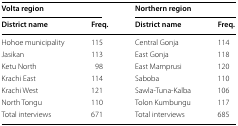
| <COLSPAN=2> Volta region | <COLSPAN=2> Northern region |
 | District name | Freq. | District name | Freq. |
 | --- | --- | --- | --- |
 | Hohoe municipality | 115 | Central Gonja | 114 |
 | Jasikan | 113 | East Gonja | 118 |
 | Ketu North | 98 | East Mamprusi | 120 |
 | Krachi East | 114 | Saboba | 110 |
 | Krachi West | 121 | Sawla-Tuna-Kalba | 106 |
 | North Tongu | 110 | Tolon Kumbungu | 117 |
 | Total interviews | 671 | Total interviews | 685 |